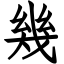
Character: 幾